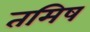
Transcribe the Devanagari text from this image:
तमिष